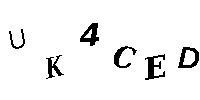
UK4CED